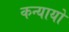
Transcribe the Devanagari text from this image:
कन्यायों